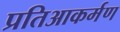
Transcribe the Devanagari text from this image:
प्रतिआकर्मण